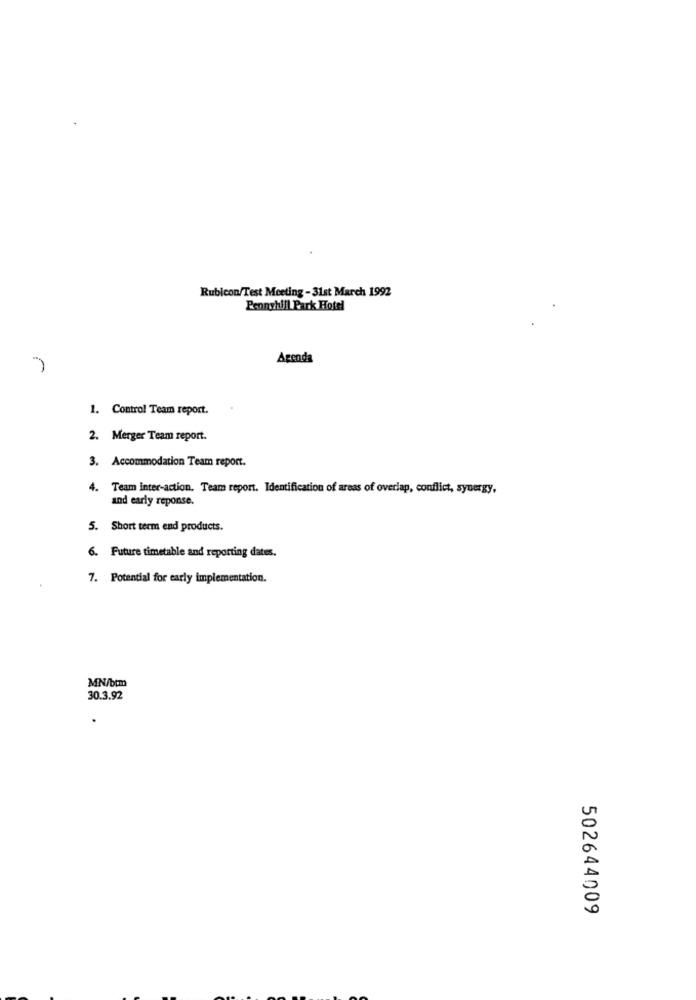
Rubicon/Test Meeting - 31st March 1992
Pennyhill Park Hotel
Agenda
1. Control Team report.
2. Merger Team report.
3. Accommodation Team report.
4. Team inter-action. Team report. Identification of areas of overlap, conflict, synergy,
and early reponse.
5. Short term end products.
6. Future timetable and reporting dates.
7. Potential for early implementation.
MN/btm
30.3.92
502644009